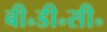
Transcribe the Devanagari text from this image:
बी॰डी॰सी॰